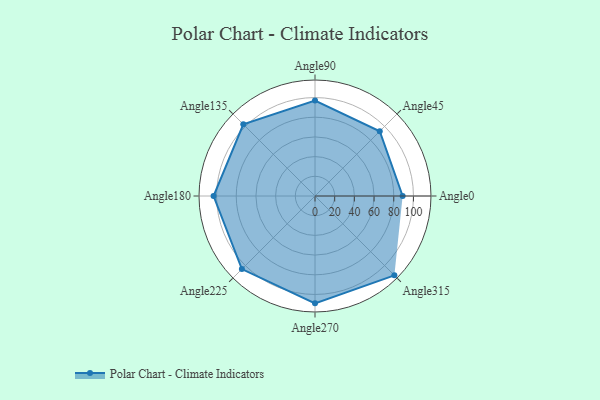
{"axis": {"x": "Angle", "y": "Radius"}, "legend": [""], "data": [{"x": "Angle0", "y": 89.0, "type": ""}, {"x": "Angle45", "y": 93.0, "type": ""}, {"x": "Angle90", "y": 97.0, "type": ""}, {"x": "Angle135", "y": 103.0, "type": ""}, {"x": "Angle180", "y": 103.0, "type": ""}, {"x": "Angle225", "y": 105.0, "type": ""}, {"x": "Angle270", "y": 109.0, "type": ""}, {"x": "Angle315", "y": 114.0, "type": ""}]}